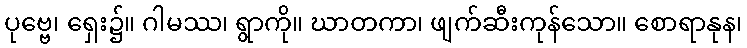
ပုဗ္ဗေ၊ ရှေး၌။ ဂါမဿ၊ ရွာကို။ ဃာတကာ၊ ဖျက်ဆီးကုန်သော။ စောရာနုန၊